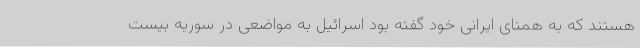
هستند که به همتای ایرانی خود گفته بود اسرائیل به مواضعی در سوریه بیست